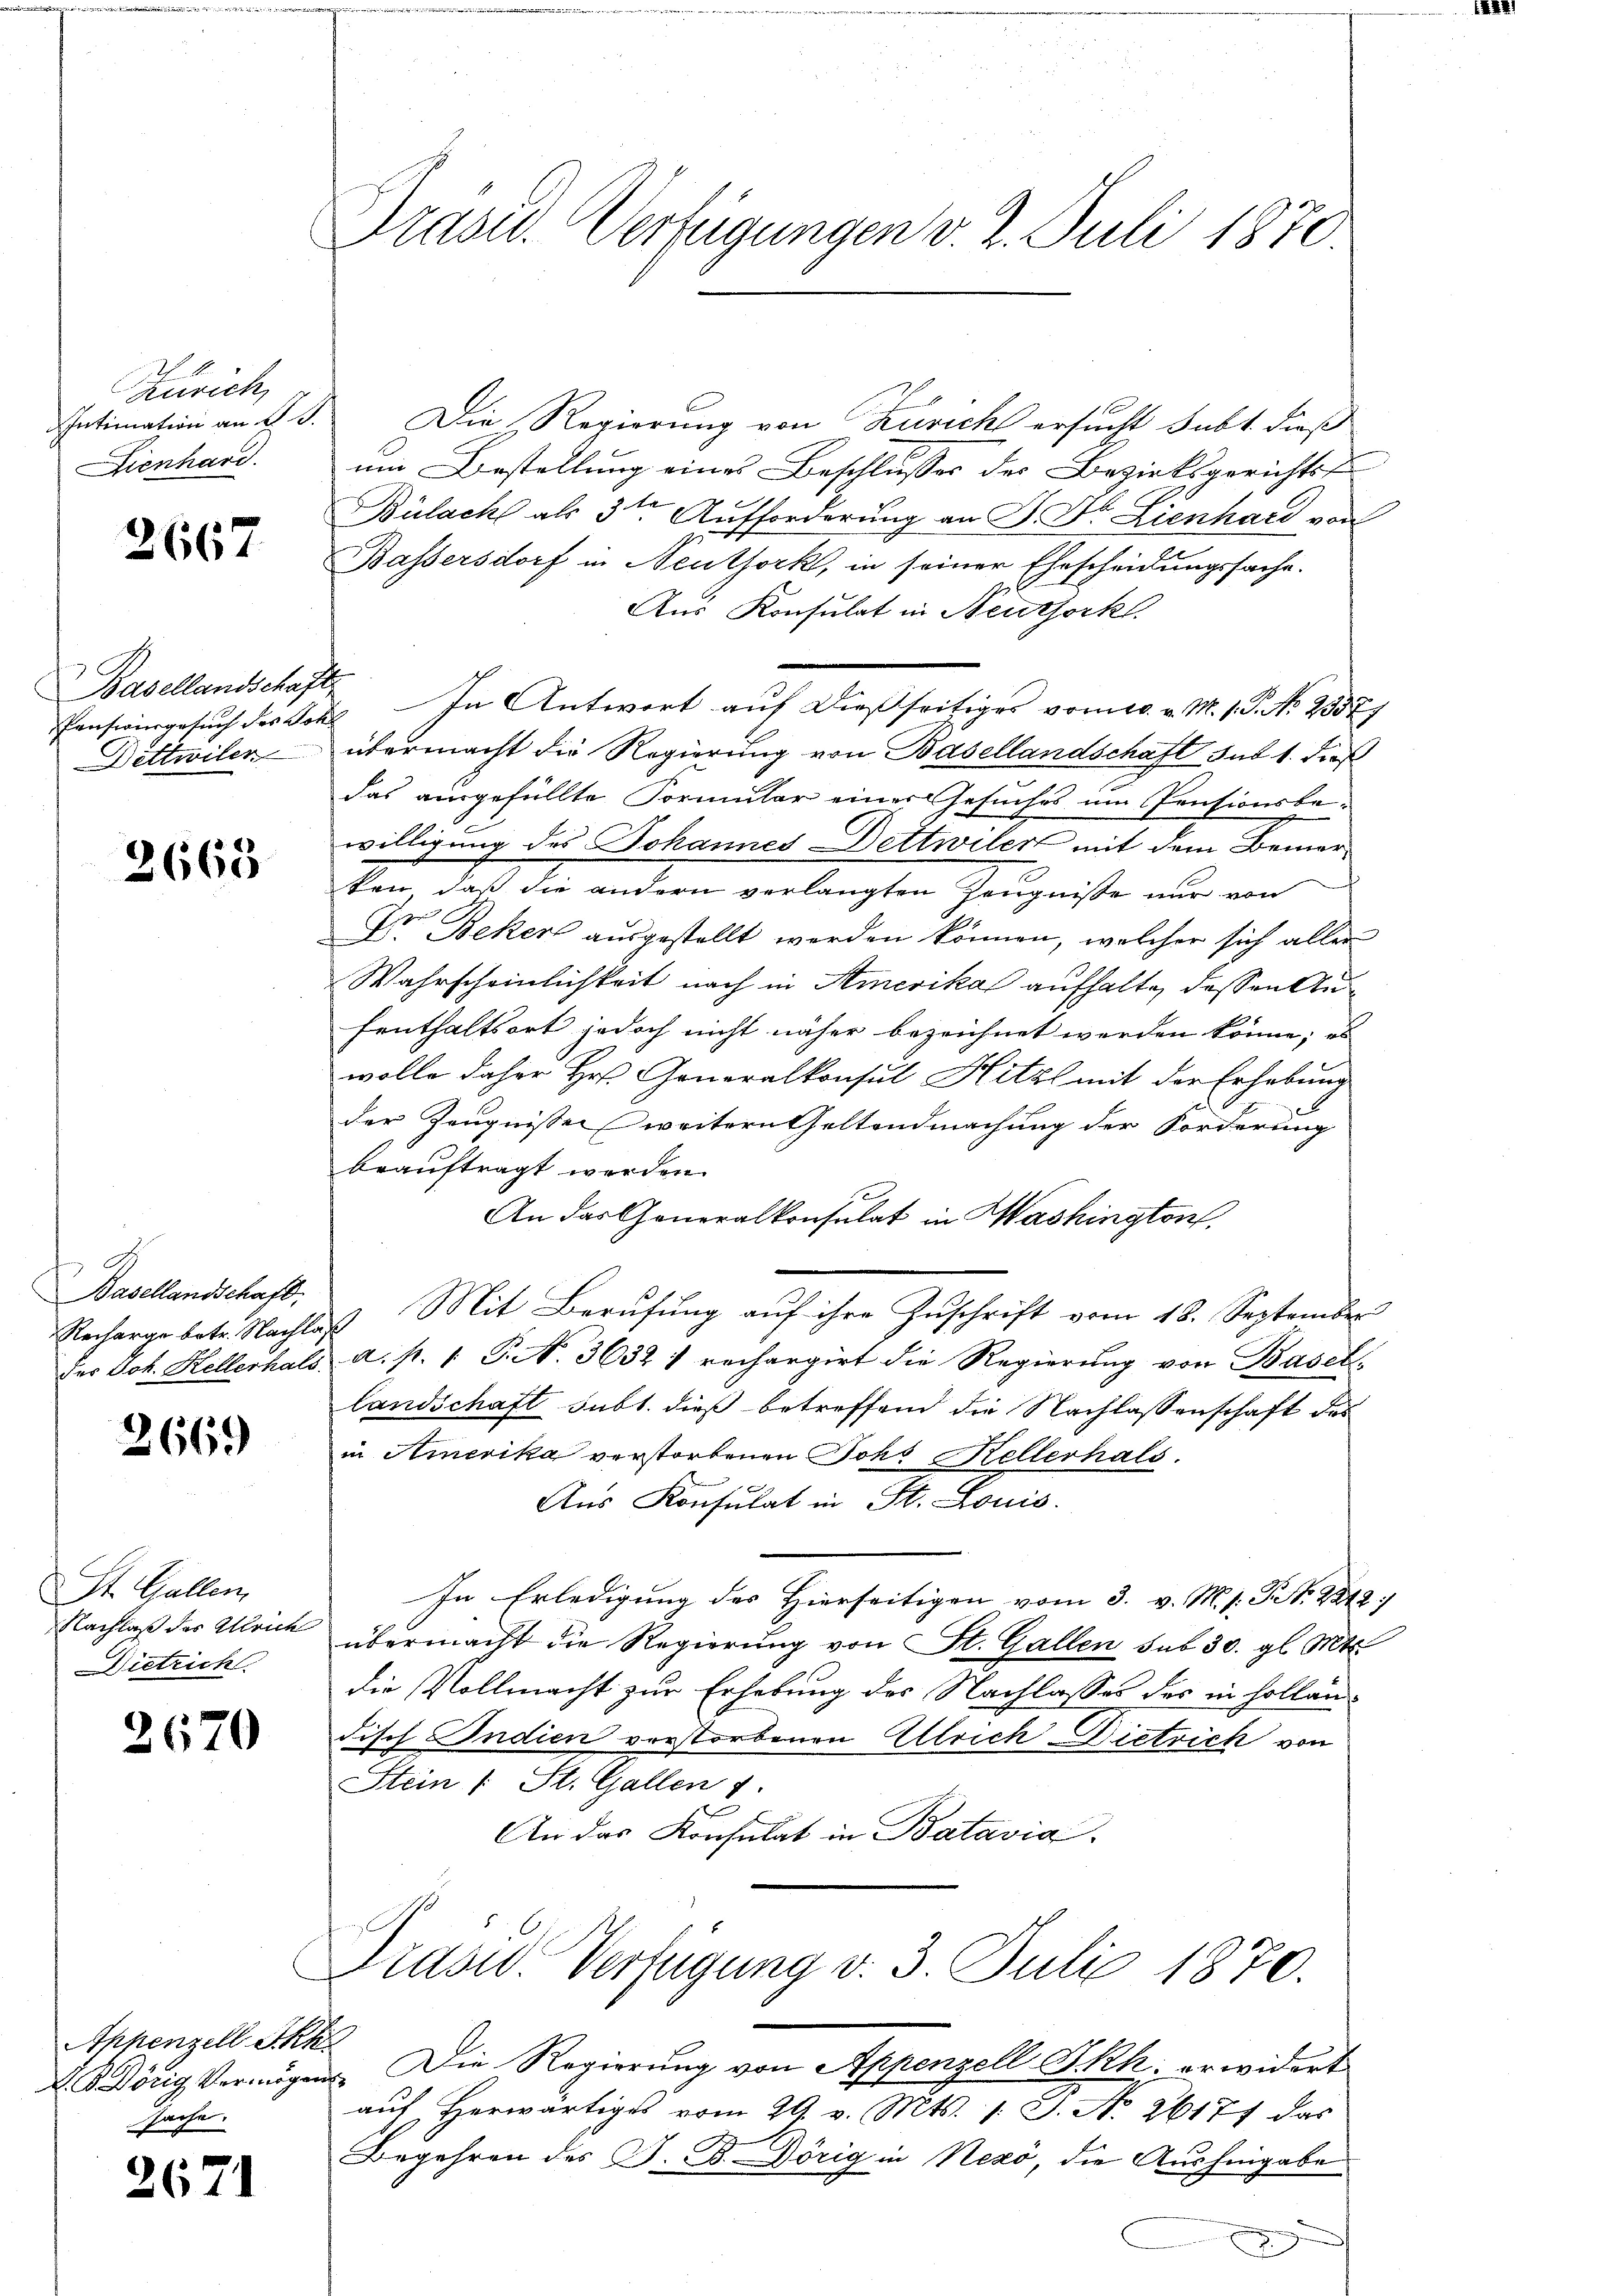
Zürich,
Lienhard.

2667

Basellandschafts

2665

A.
Basellandschaft.

2660

St. Gallen,
Dietrich

2670

Appenzell Akk
sache.

2671

Präsid. Verfügungen v. 2. Juli 1870

Intimation an d. J. Die Regierung von Zürich ersucht subt diese
nm Bestellung eines Beschlusses des Bezirksgerichts
Bülach als 3ten Aufforderung an J. Dr. Lienhard von
Bassersdorf in Neuthork, in seiner Ehescheidungssache.
Aus Konsulat in Neuthork
Pensionsgesŭch des Sch. In Antwort aŭf dießseitiges vom 10. v. M. 1. No. 2357)
Dettwiler übermacht die Regierung von Basellandschaft sub 1. dieß
das ausgefüllte Formular einer Gesuches um Pensionsbe-
willigung des Johannes Dettwiler mit dem Bemerken, daß die andern verlangten Zeugnisse nur von
Dr Beken ausgestellt werden können, welcher sich aller
Wahrscheinlichkeit nach in Amerika aufhalte, dessen Aus¬
Fenthaltsort jedoch nicht näher bezeichnet werden könne; eb
wolle daher Hr. Generalkonsul Hitzl mit der Erhebung
der Zeugnissen weitern Geltendmachung der Forderung
beauftragt werden.
An das Generalkonsulat in Washington,
Necharge betr. Nachlas Mit Berŭfŭng aŭf ihre Zŭschrift vom 18. September
des Joh. Hellerhals a. p. 1. P. N. 3632 & rechargirt die Regierung von Basel
landschaft subt. dieß betreffend die Nachlassenschaft des
in Amerika verstorbenen Joh. Kellerhals.
Aus Konsulat in St. Louis
In Erledigung des Hierseitigen vom 3. v. M. s. Zt. 2212.
Nachlaß der Alleich übermacht die Regierung von St. Gallen sub 30. gl. Mts.
die Vollmacht zur Erhebung des Nachlasses des in holländisch Indien vorstorbenen Ulrich Dietrich von
Stein (: St. Gallen 1.
c
An das Konsulat in Batavia
Präsid. Verfügung d. 3. Juli 1870.
L. König Vermögen. Die Regierung von Appenzell I.Rh. erwidert
auf herwärtiges vom 29. v. Mts. 1. J. No. 26177 das
Begehren des J. B. Dörig in Nekó, die Aushingabe
.